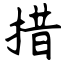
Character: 措